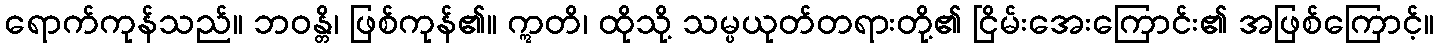
ရောက်ကုန်သည်။ ဘဝန္တိ၊ ဖြစ်ကုန်၏။ ဣတိ၊ ထိုသို့ သမ္ပယုတ်တရားတို့၏ ငြိမ်းအေးကြောင်း၏ အဖြစ်ကြောင့်။